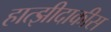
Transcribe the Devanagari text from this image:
हात्झीदाकीस